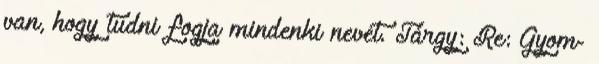
van, hogy tudni fogja mindenki nevét. Tárgy: Re: Gyom-